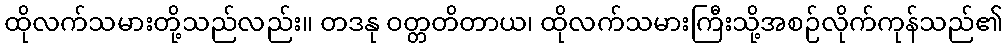
ထိုလက်သမားတို့သည်လည်း။ တဒနု ဝတ္တတိတာယ၊ ထိုလက်သမားကြီးသို့အစဉ်လိုက်ကုန်သည်၏